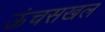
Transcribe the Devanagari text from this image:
ऊंचसखल